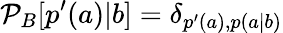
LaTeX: \mathcal{P}_{B}[p^{\prime}(a)|b]=\delta_{p^{\prime}(a),p(a|b)}